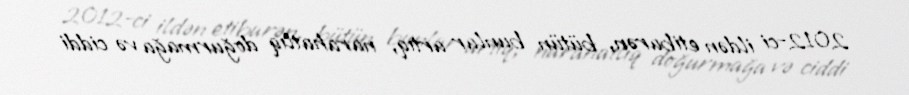
2012-ci ildən etibarən, bütün bunlar artıq, narahatlıq doğurmağa və ciddi